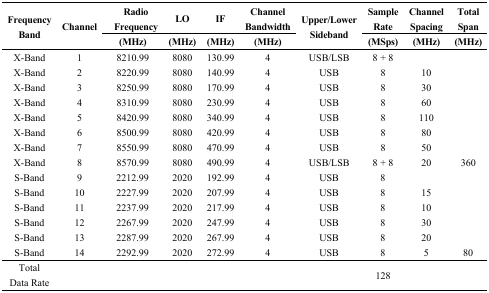
<table><thead><tr><td rowspan="2"><b>Frequency Band</b></td><td rowspan="2"><b>Channel</b></td><td><b>Radio Frequency</b></td><td><b>LO</b></td><td><b>IF</b></td><td><b>Channel Bandwidth</b></td><td rowspan="2"><b>Upper/Lower Sideband</b></td><td><b>Sample Rate</b></td><td><b>Channel Spacing</b></td><td><b>Total Span</b></td></tr><tr><td><b>(MHz)</b></td><td><b>(MHz)</b></td><td><b>(MHz)</b></td><td><b>(MHz)</b></td><td><b>(MSps)</b></td><td><b>(MHz)</b></td><td><b>(MHz)</b></td></tr></thead><tbody><tr><td>X-Band</td><td>1</td><td>8210.99</td><td>8080</td><td>130.99</td><td>4</td><td>USB/LSB</td><td>8 + 8</td><td></td><td></td></tr><tr><td>X-Band</td><td>2</td><td>8220.99</td><td>8080</td><td>140.99</td><td>4</td><td>USB</td><td>8</td><td>10</td><td></td></tr><tr><td>X-Band</td><td>3</td><td>8250.99</td><td>8080</td><td>170.99</td><td>4</td><td>USB</td><td>8</td><td>30</td><td></td></tr><tr><td>X-Band</td><td>4</td><td>8310.99</td><td>8080</td><td>230.99</td><td>4</td><td>USB</td><td>8</td><td>60</td><td></td></tr><tr><td>X-Band</td><td>5</td><td>8420.99</td><td>8080</td><td>340.99</td><td>4</td><td>USB</td><td>8</td><td>110</td><td></td></tr><tr><td>X-Band</td><td>6</td><td>8500.99</td><td>8080</td><td>420.99</td><td>4</td><td>USB</td><td>8</td><td>80</td><td></td></tr><tr><td>X-Band</td><td>7</td><td>8550.99</td><td>8080</td><td>470.99</td><td>4</td><td>USB</td><td>8</td><td>50</td><td></td></tr><tr><td>X-Band</td><td>8</td><td>8570.99</td><td>8080</td><td>490.99</td><td>4</td><td>USB/LSB</td><td>8 + 8</td><td>20</td><td>360</td></tr><tr><td>S-Band</td><td>9</td><td>2212.99</td><td>2020</td><td>192.99</td><td>4</td><td>USB</td><td>8</td><td></td><td></td></tr><tr><td>S-Band</td><td>10</td><td>2227.99</td><td>2020</td><td>207.99</td><td>4</td><td>USB</td><td>8</td><td>15</td><td></td></tr><tr><td>S-Band</td><td>11</td><td>2237.99</td><td>2020</td><td>217.99</td><td>4</td><td>USB</td><td>8</td><td>10</td><td></td></tr><tr><td>S-Band</td><td>12</td><td>2267.99</td><td>2020</td><td>247.99</td><td>4</td><td>USB</td><td>8</td><td>30</td><td></td></tr><tr><td>S-Band</td><td>13</td><td>2287.99</td><td>2020</td><td>267.99</td><td>4</td><td>USB</td><td>8</td><td>20</td><td></td></tr><tr><td>S-Band</td><td>14</td><td>2292.99</td><td>2020</td><td>272.99</td><td>4</td><td>USB</td><td>8</td><td>5</td><td>80</td></tr><tr><td>Total Data Rate</td><td></td><td></td><td></td><td></td><td></td><td></td><td>128</td><td></td><td></td></tr></tbody></table>